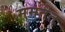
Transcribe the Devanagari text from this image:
ममतेत